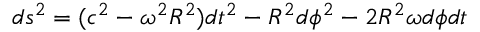
d s ^ { 2 } = ( c ^ { 2 } - \omega ^ { 2 } R ^ { 2 } ) d t ^ { 2 } - R ^ { 2 } d \phi ^ { 2 } - 2 R ^ { 2 } \omega d \phi d t